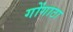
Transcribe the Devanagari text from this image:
गोंगाटा